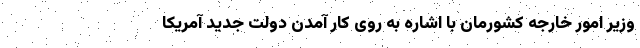
وزیر امور خارجه کشورمان با اشاره به روی کار آمدن دولت جدید آمریکا